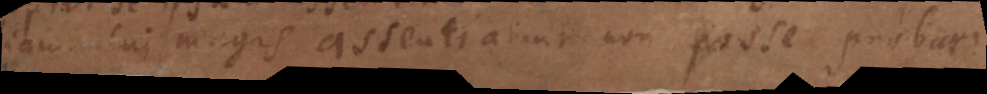
aliam cui magis assentiamur non posse probari.